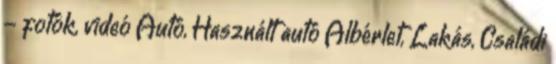
- fotók, videó Autó, Használt autó Albérlet, Lakás, Családi